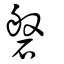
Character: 磐